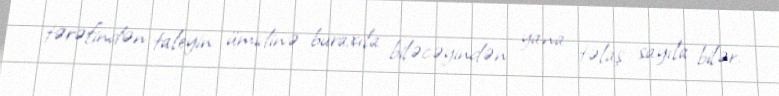
tərəfindən taleyin ümidinə buraxıla biləcəyindən yana təlaş sayıla bilər.